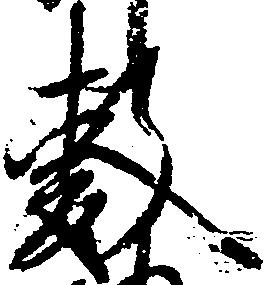
敷